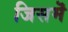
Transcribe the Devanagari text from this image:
जिसमॆं